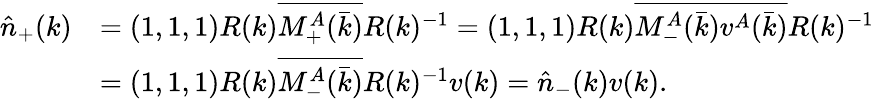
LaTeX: \begin{array}{rl}{\hat{n}_{+}(k)}&{=(1,1,1)R(k)\overline{{M_{+}^{A}(\bar{k})}}R(k)^{-1}=(1,1,1)R(k)\overline{{M_{-}^{A}(\bar{k})}}\overline{{v^{A}(\bar{k})}}R(k)^{-1}}\\ &{=(1,1,1)R(k)\overline{{M_{-}^{A}(\bar{k})}}R(k)^{-1}v(k)=\hat{n}_{-}(k)v(k).}\end{array}